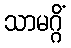
သာမဂ္ဂိံ